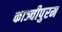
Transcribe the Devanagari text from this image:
काञ्चीपुरम